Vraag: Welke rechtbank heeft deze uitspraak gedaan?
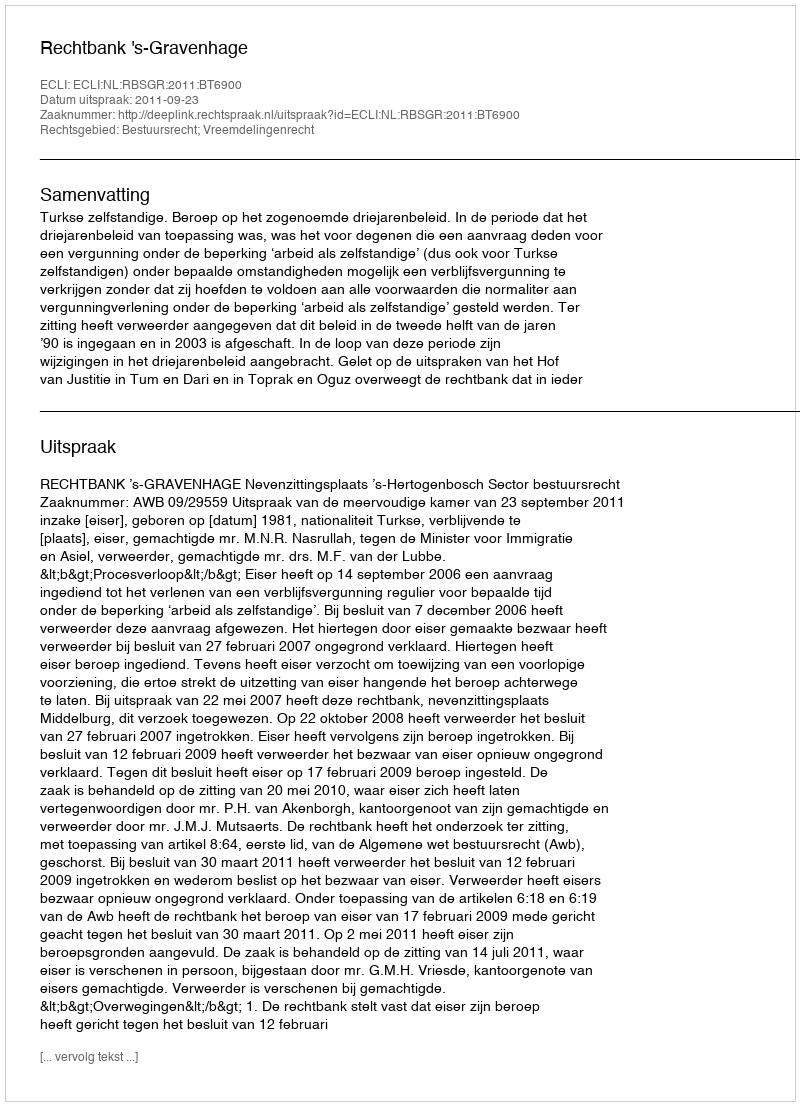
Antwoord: Rechtbank 's-Gravenhage